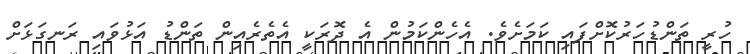
ހުރީ ތަންޑުހަރުކޮށްފައި ކަމަށެވެ. އެހެންކަމުން އެ ދޮރަކީ އެތެރެއިން ތަންޑު އަޅުވައި ރަނގަޅަށް